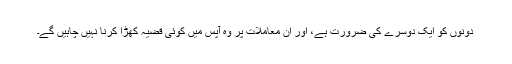
دونوں کو ایک دوسرے کی ضرورت ہے، اور ان معاملات پر وہ آپس میں کوئی قضیہ کھڑا کرنا نہیں چاہیں گے۔